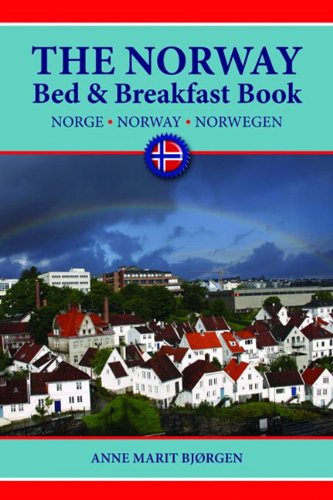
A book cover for Norway Bed & Breakfast Book, The (German, Norwegian and English Edition); Anne BjÃ¸rgen; Travel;